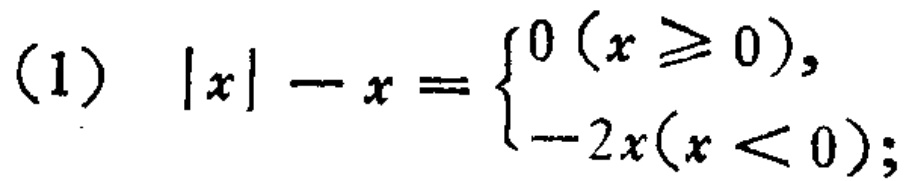
请问您还有什么具体需求呢，比如对这道题进行讲解、解题 等，可以详细说说哦。